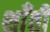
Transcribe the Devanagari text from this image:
शाँती